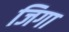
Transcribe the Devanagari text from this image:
जिगा